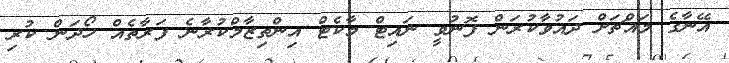
އޭނާގެ މައްޗަށް ދައުވާކުރަން ފޮނުވީ ނައިޓް މާކެޓް އިންތިޒާމްކުރާނެ ފަރާތެއް ހޯދަން ކުރި